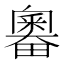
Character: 𰣗